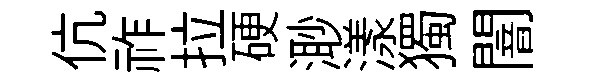
伉祚拉硬𣺌漾獨闇